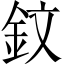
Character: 鈫